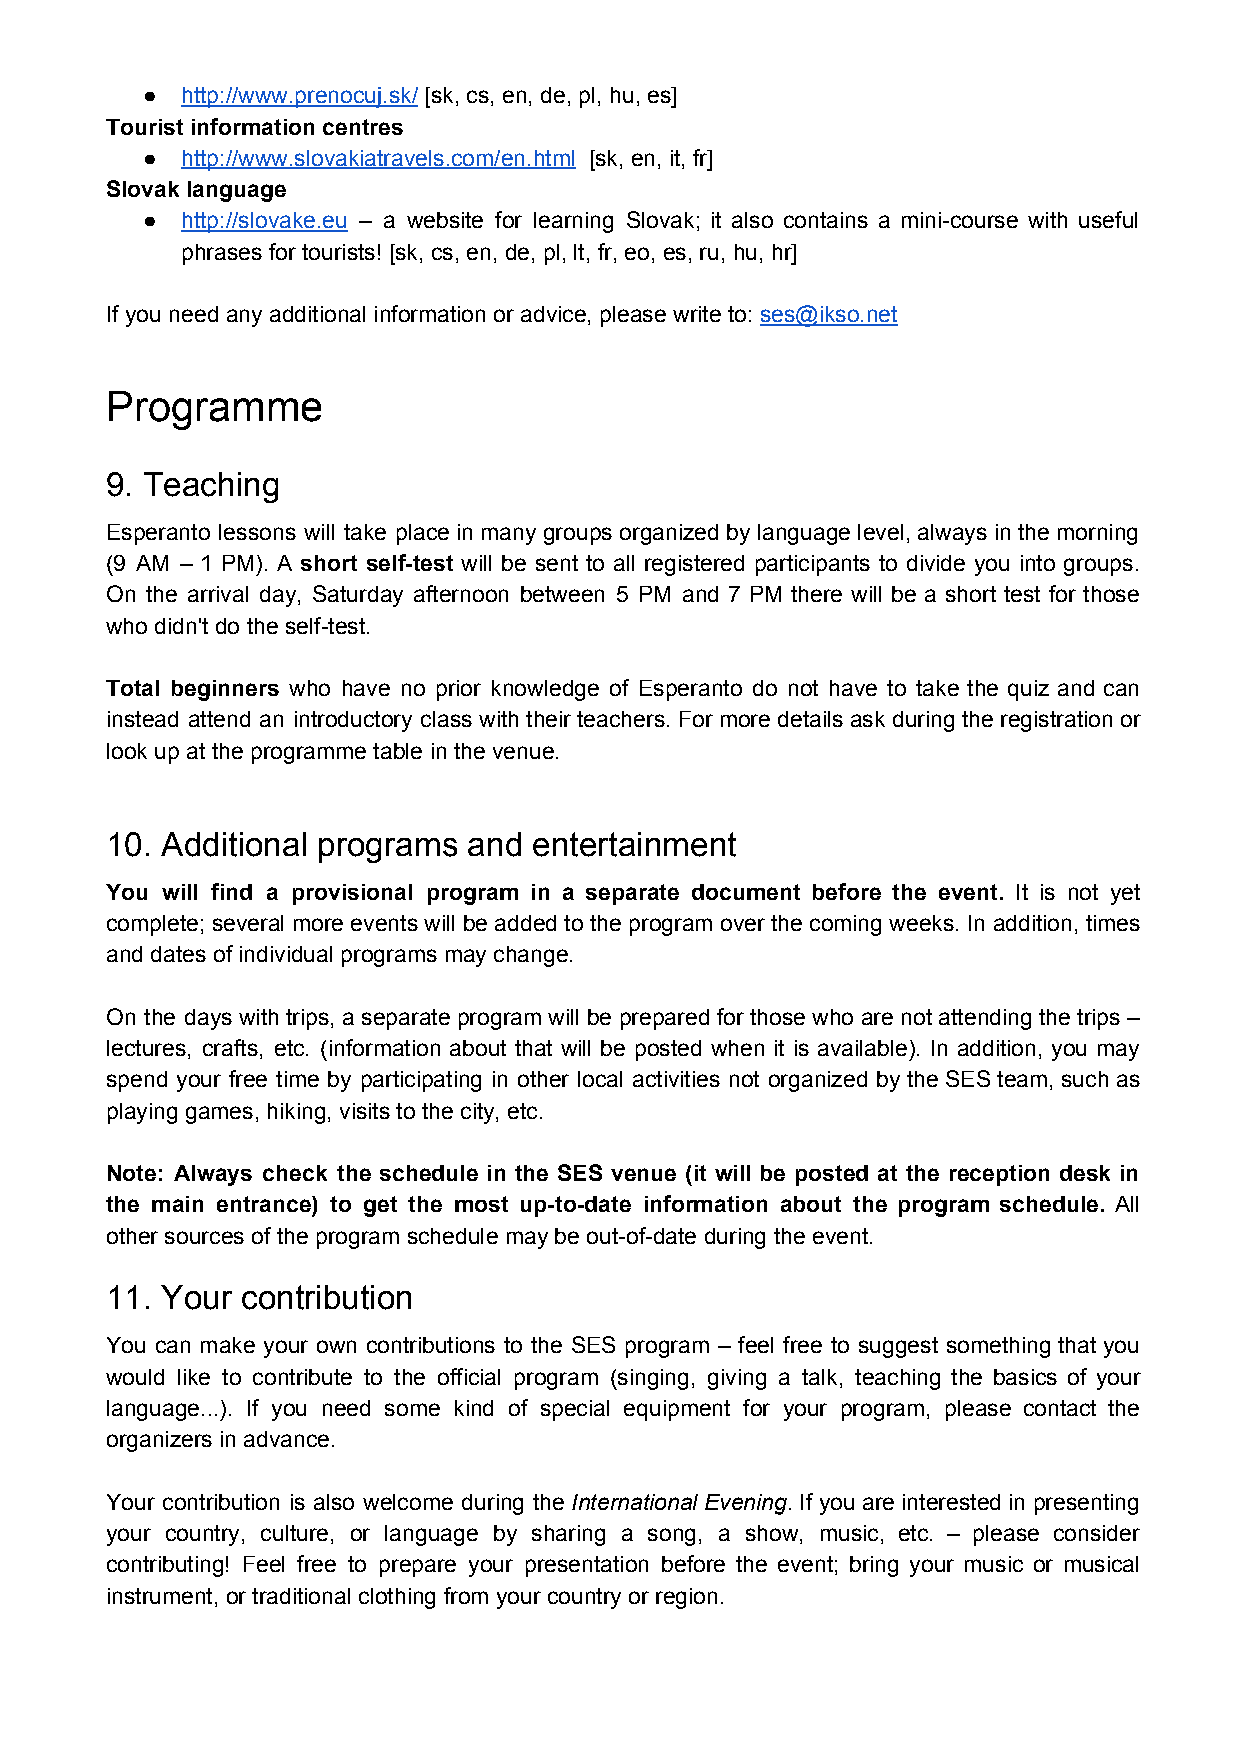
●  http://www.prenocuj.sk/ [sk, cs, en, de, pl, hu, es]
 ​
 Tourist information centres
 ●  http://www.slovakiatravels.com/en.html [sk, en, it, fr]
 ​
 Slovak language
 ●  http://slovake.eu – a website for learning Slovak; it also contains a mini-course with useful
 phrases for tourists! [sk, cs, en, de, pl, lt, fr, eo, es, ru, hu, hr]
 If you need any additional information or advice, please write to: ses@ikso.net
 ​
 Programme
 9. Teaching
 Esperanto lessons will take place in many groups organized by language level, always in the morning
 (9 AM – 1 PM). A short self-test will be sent to all registered participants to divide you into groups.
 ​
 On the arrival day, Saturday afternoon between 5 PM and 7 PM there will be a short test for those
 who didn't do the self-test.
 Total beginners who have no prior knowledge of Esperanto do not have to take the quiz and can
 instead attend an introductory class with their teachers. For more details ask during the registration or
 look up at the programme table in the venue.
 10. Additional programs and entertainment
 You will find a provisional program in a separate document before the event. It is not yet
 complete; several more events will be added to the program over the coming weeks. In addition, times
 and dates of individual programs may change.
 On the days with trips, a separate program will be prepared for those who are not attending the trips –
 lectures, crafts, etc. (information about that will be posted when it is available). In addition, you may
 spend your free time by participating in other local activities not organized by the SES team, such as
 playing games, hiking, visits to the city, etc.
 Note: Always check the schedule in the SES venue (it will be posted at the reception desk in
 the main entrance) to get the most up-to-date information about the program schedule. All
 other sources of the program schedule may be out-of-date during the event.
 11. Your contribution
 You can make your own contributions to the SES program – feel free to suggest something that you
 would like to contribute to the official program (singing, giving a talk, teaching the basics of your
 language...). If you need some kind of special equipment for your program, please contact the
 organizers in advance.
 Your contribution is also welcome during the International Evening. If you are interested in presenting
 ​             ​
 your country, culture, or language by sharing a song, a show, music, etc. – please consider
 contributing! Feel free to prepare your presentation before the event; bring your music or musical
 instrument, or traditional clothing from your country or region.